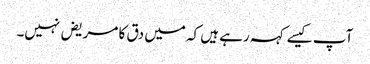
آپ کیسے کہہ رہے ہیں کہ میں دق کا مریض نہیں۔